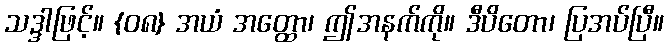
သဒ္ဒါဖြင့်။ {၀၈} အယံ အတ္ထော၊ ဤအနက်ကို။ ဒီပိတော၊ ပြအပ်ပြီ။